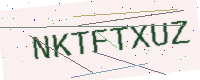
Text: NKTFTXUZ